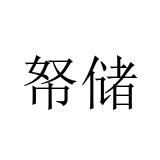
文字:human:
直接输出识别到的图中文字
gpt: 帑储